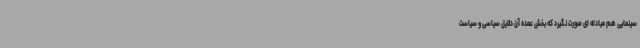
سینمایی هم مبادله ای صورت نگیرد که بخش عمده آن دلایل سیاسی و سیاست